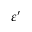
\varepsilon ^ { \prime }